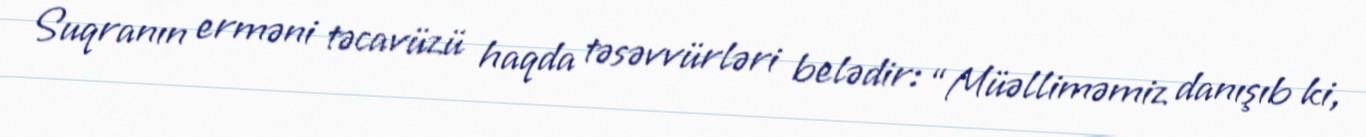
Suqranın erməni təcavüzü haqda təsəvvürləri belədir: “Müəlliməmiz danışıb ki,